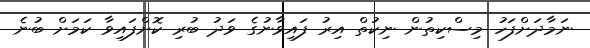
ނަމާދަށްފަހު މިސްކިތުން ނިކުތް އިރު ފައިވާނުގެ ވަދު ބުރި ކޮށްފައިވާ ކަމަށް ބުނެ